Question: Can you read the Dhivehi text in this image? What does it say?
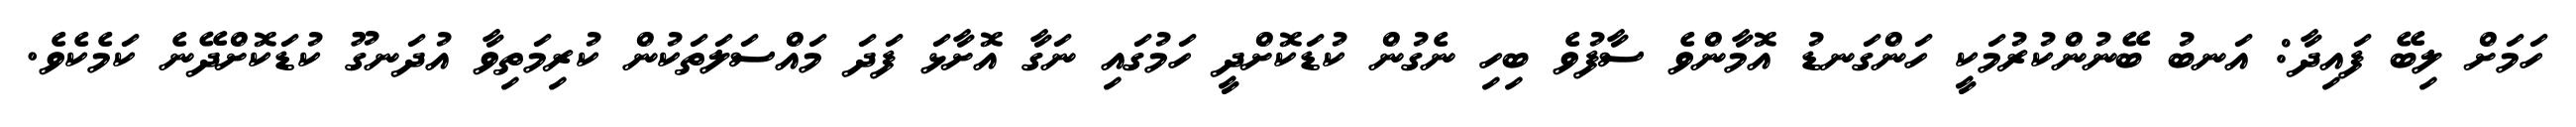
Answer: ހަމަށް ލިބޭ ފައިދާ: އަނބު ބޭނުންކުރުމަކީ ހަންގަނޑު އޮމާންވެ ސާފުވެ ބިހި ނެގުން ކުޑަކޮށްދީ ހަމުގައި ނަގާ އޮށާޅަ ފަދަ މައްސަލަތަކުން ކުރިމަތިވާ އުދަނގޫ ކުޑަކޮށްދޭނެ ކަމެކެވެ.